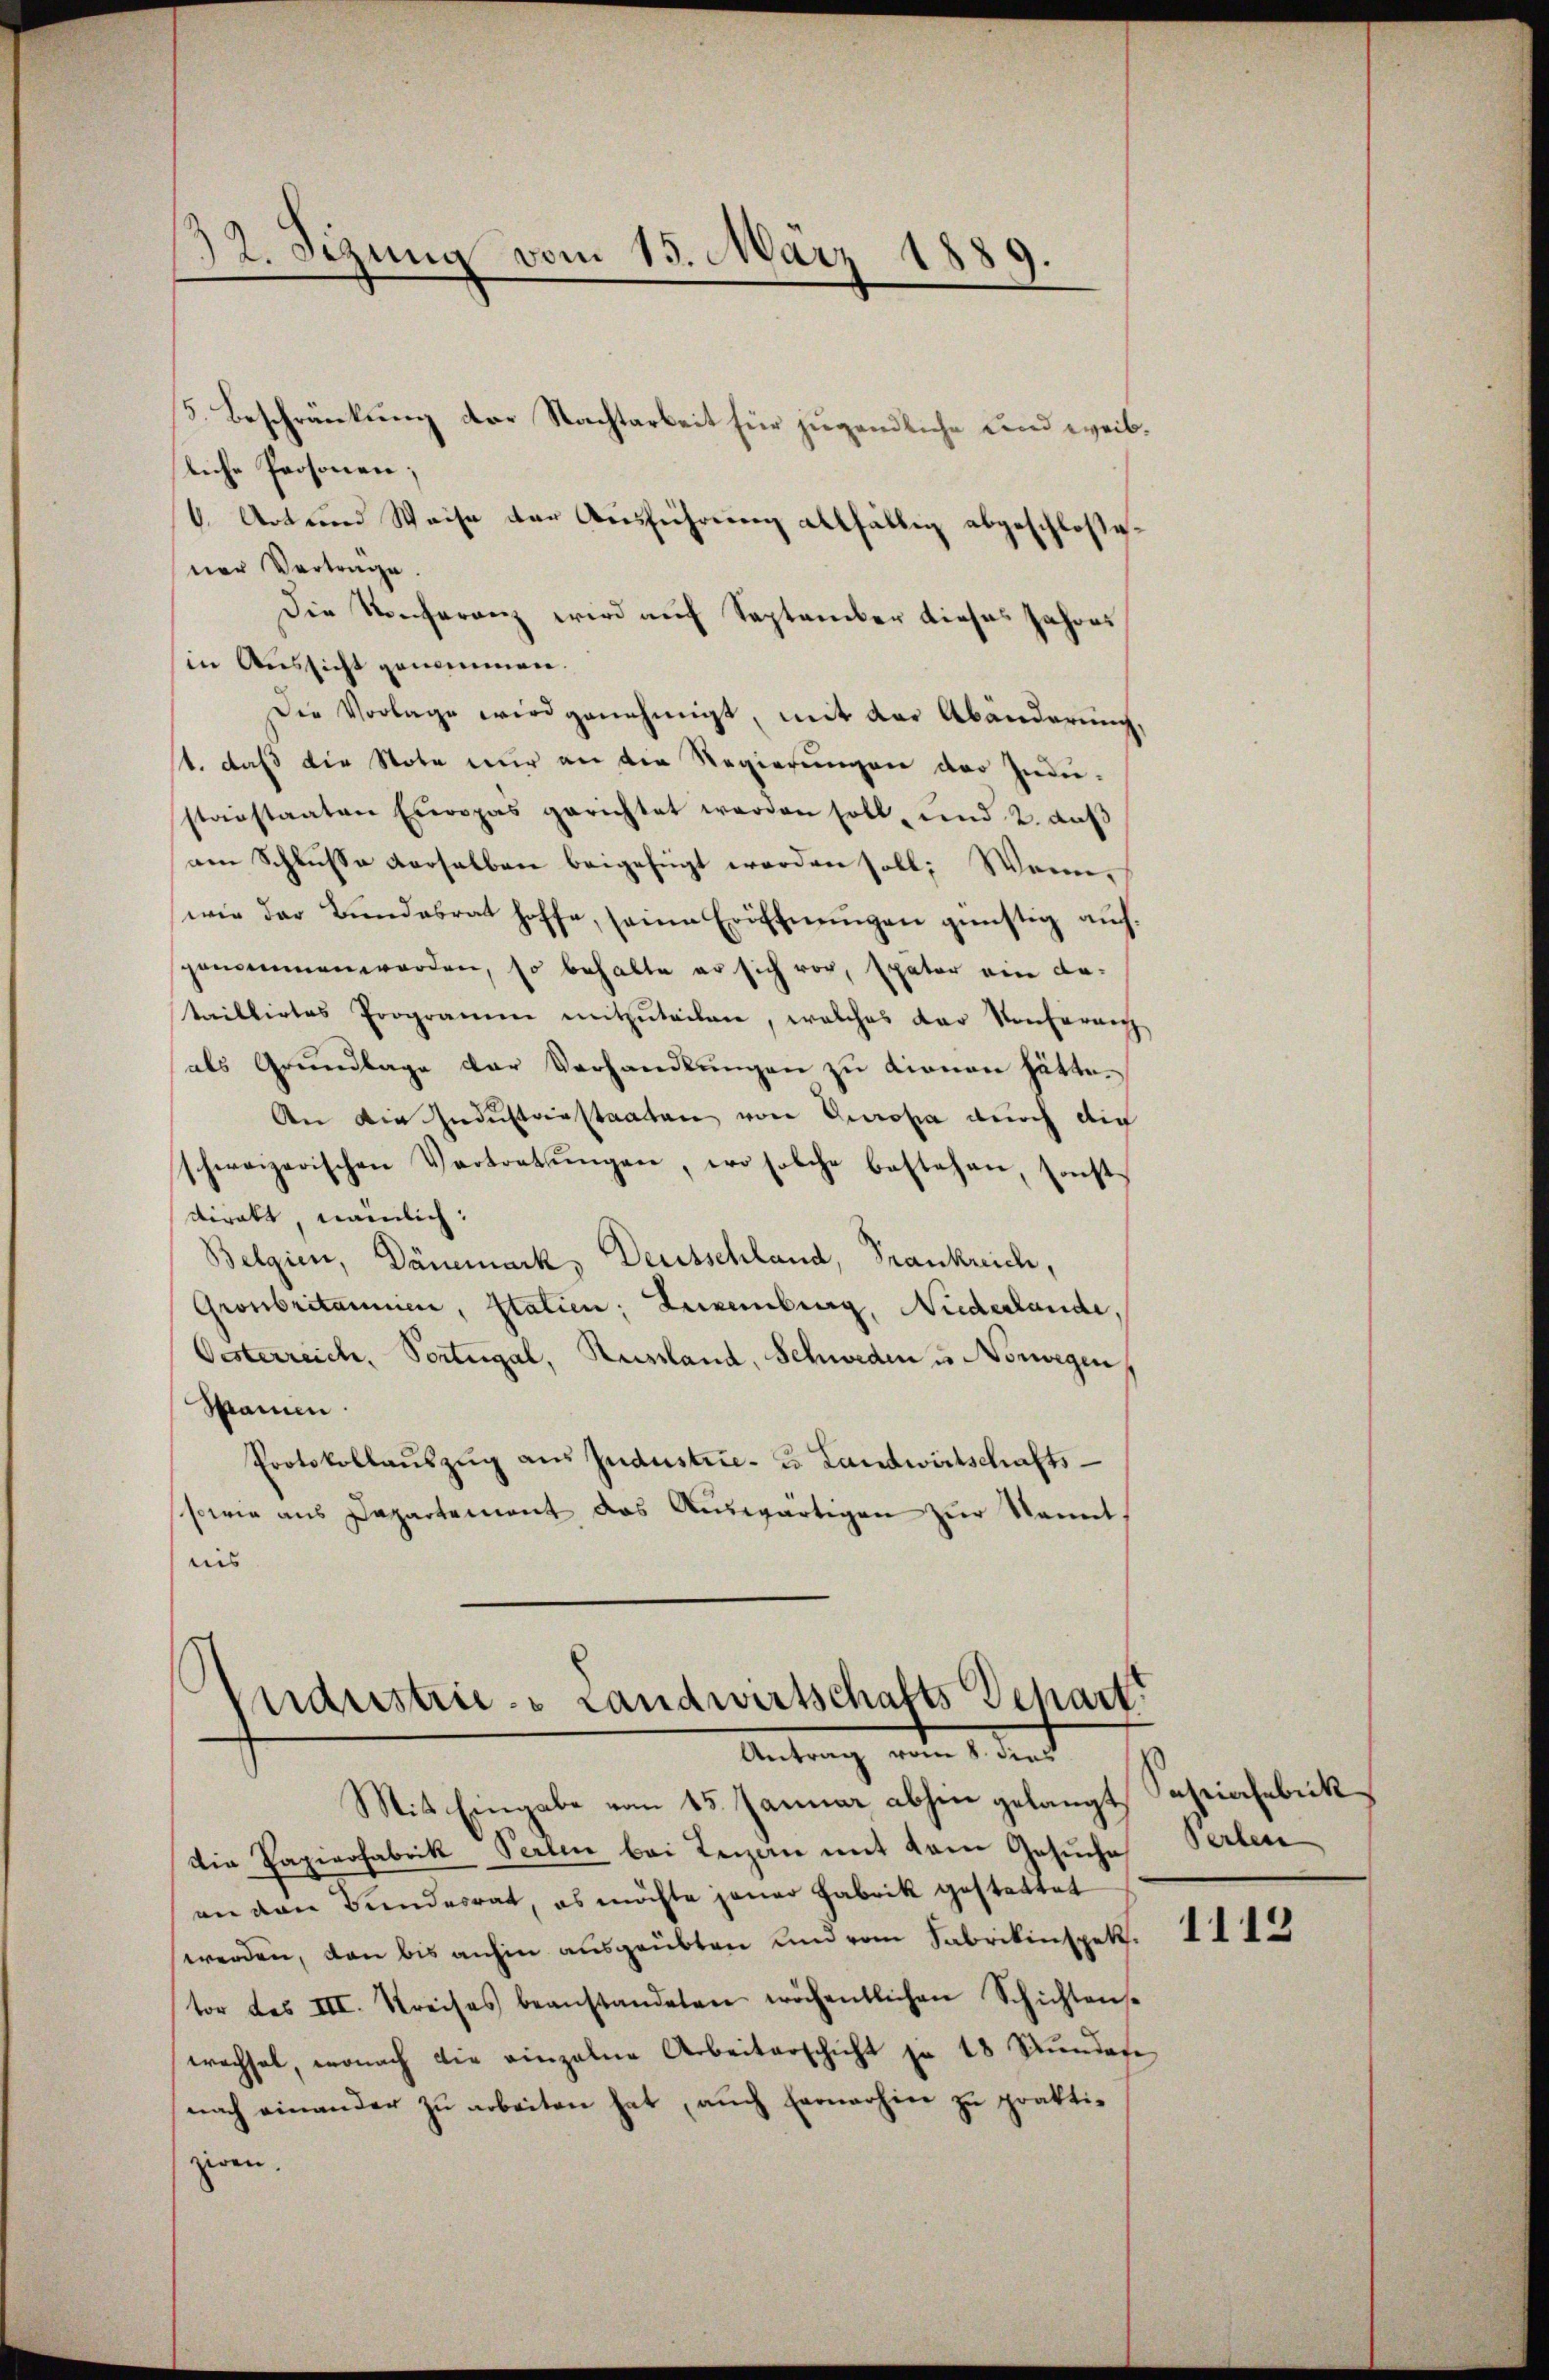
32. Sizung vom 15. März 1889.

5. Beschränkung der Nachtarbeit für jugendliche und weibliche Personen;
V. Art und Weise der Ausführung allfällig abgeschloßener Vertrage.
Die Konferenz wird auch September dieses Jahr
in Aussicht genommen.
Die Vorlage wird genehmigt, mit der Abänderung,
t. daß die Note nur an die Regierungen der Indie-
stanstaaten Europas gerichtet werden soll, und 2. daβ
am Schlusse derselben beigefügt worden soll; Wenn
wie der Bundesrat hoffe, seine Eröffnungen günstig auch.
genommen worden, so behalte er sich vor, Exator ein da-
taillirtes Programm mitzŭteilen, welches der Konferen
als Grundlage der Verhandlungen zu dienen hätte.
An die Industriestaaten von Europa durch die
schweizerischen Vertretŭngen, wo solche bestehen sonst
dirakt nämlich:
Belgien, Dänemark, Deutschland, Frankreich,
Gronbritannien, Statien; Luxenburg, Niederlande,
Oesterreich, Portugal, Russland, Schweden u Vorwegen
Samen.
Protokollaŭszŭg aŭs Industrie- u Landwirtschafts-
sowie ans Departement das Aŭswärtigen zŭr kannt.
nis

Industrie - Landwirtschafts Schart
Antrag vom 1. den

Mit Eingabe vom 15. Januar abhin gelangt
Die Papierfabrik Verlen bei Leizan mit dem Gesuche
an den Bundesrat, es möchte jener Fabrik gestattet
werden, den bis anhin ausgeübten und vom Fabrikinspekt.
tor des III. Kreises beanstandeten wöchentlichen Schichtens-
wachsel, wonach die einzelne Arbeiterschicht ja 18 Stŭndes
nach einander zu arbeiten hat, auch Fernerhin zu praktiziren.

Sapiachebeck
Perlen

1112